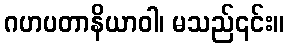
ဂဟပတာနိယာဝါ၊ မသည်၎င်း။